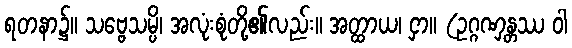
ရတနာ၌။ သဗ္ဗေသမ္ပိ၊ အလုံးစုံတို့၏လည်း။ အတ္ထာယ၊ ငှာ။ (ဥဂ္ဂဏှန္တဿ ဝါ